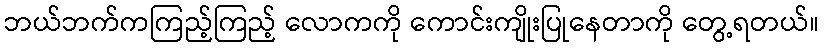
ဘယ်ဘက်ကကြည့်ကြည့် လောကကို ကောင်းကျိုးပြုနေတာကို တွေ့ရတယ်။